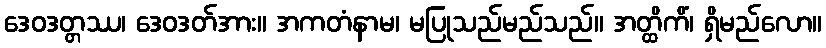
ဒေဝဒတ္တဿ၊ ဒေဝဒတ်အား။ အကတံနာမ၊ မပြုသည်မည်သည်။ အတ္ထိကိံ၊ ရှိမည်လော။